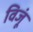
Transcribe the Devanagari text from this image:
विजूं